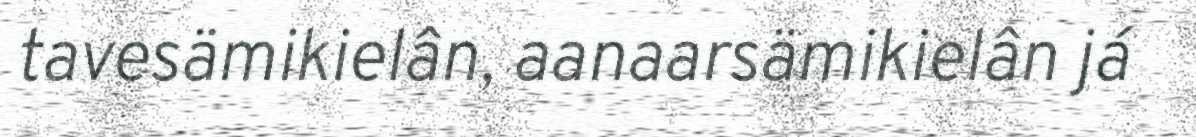
tavesämikielân, aanaarsämikielân já